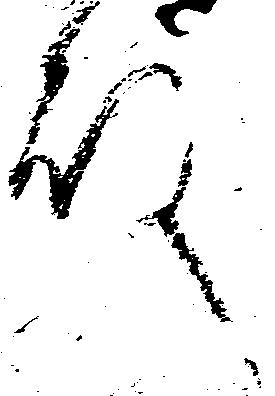
殿